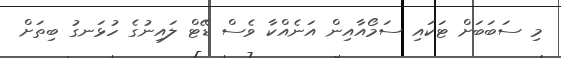
މި ސަބަބަށް ޓަކައި ސަމޯއާއިން އަނެއްކާ ވެސް ޑޭޓް ލައިނުގެ ހުޅަނގު ބިތަށް